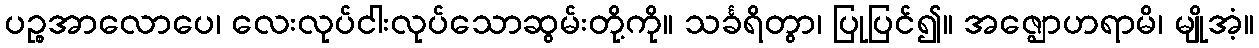
ပဉ္စအာလောပေ၊ လေးလုပ်ငါးလုပ်သောဆွမ်းတို့ကို။ သင်္ခရိတွာ၊ ပြုပြင်၍။ အဇ္ဈောဟရာမိ၊ မျိုအံ့။